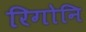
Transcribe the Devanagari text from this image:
रिगोनि